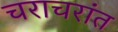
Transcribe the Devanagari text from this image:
चराचरांत